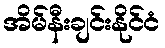
အိမ်နီးချင်းနိုင်ငံ